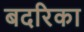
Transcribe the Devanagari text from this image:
बदरिका